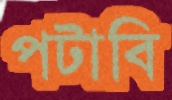
পটাবি